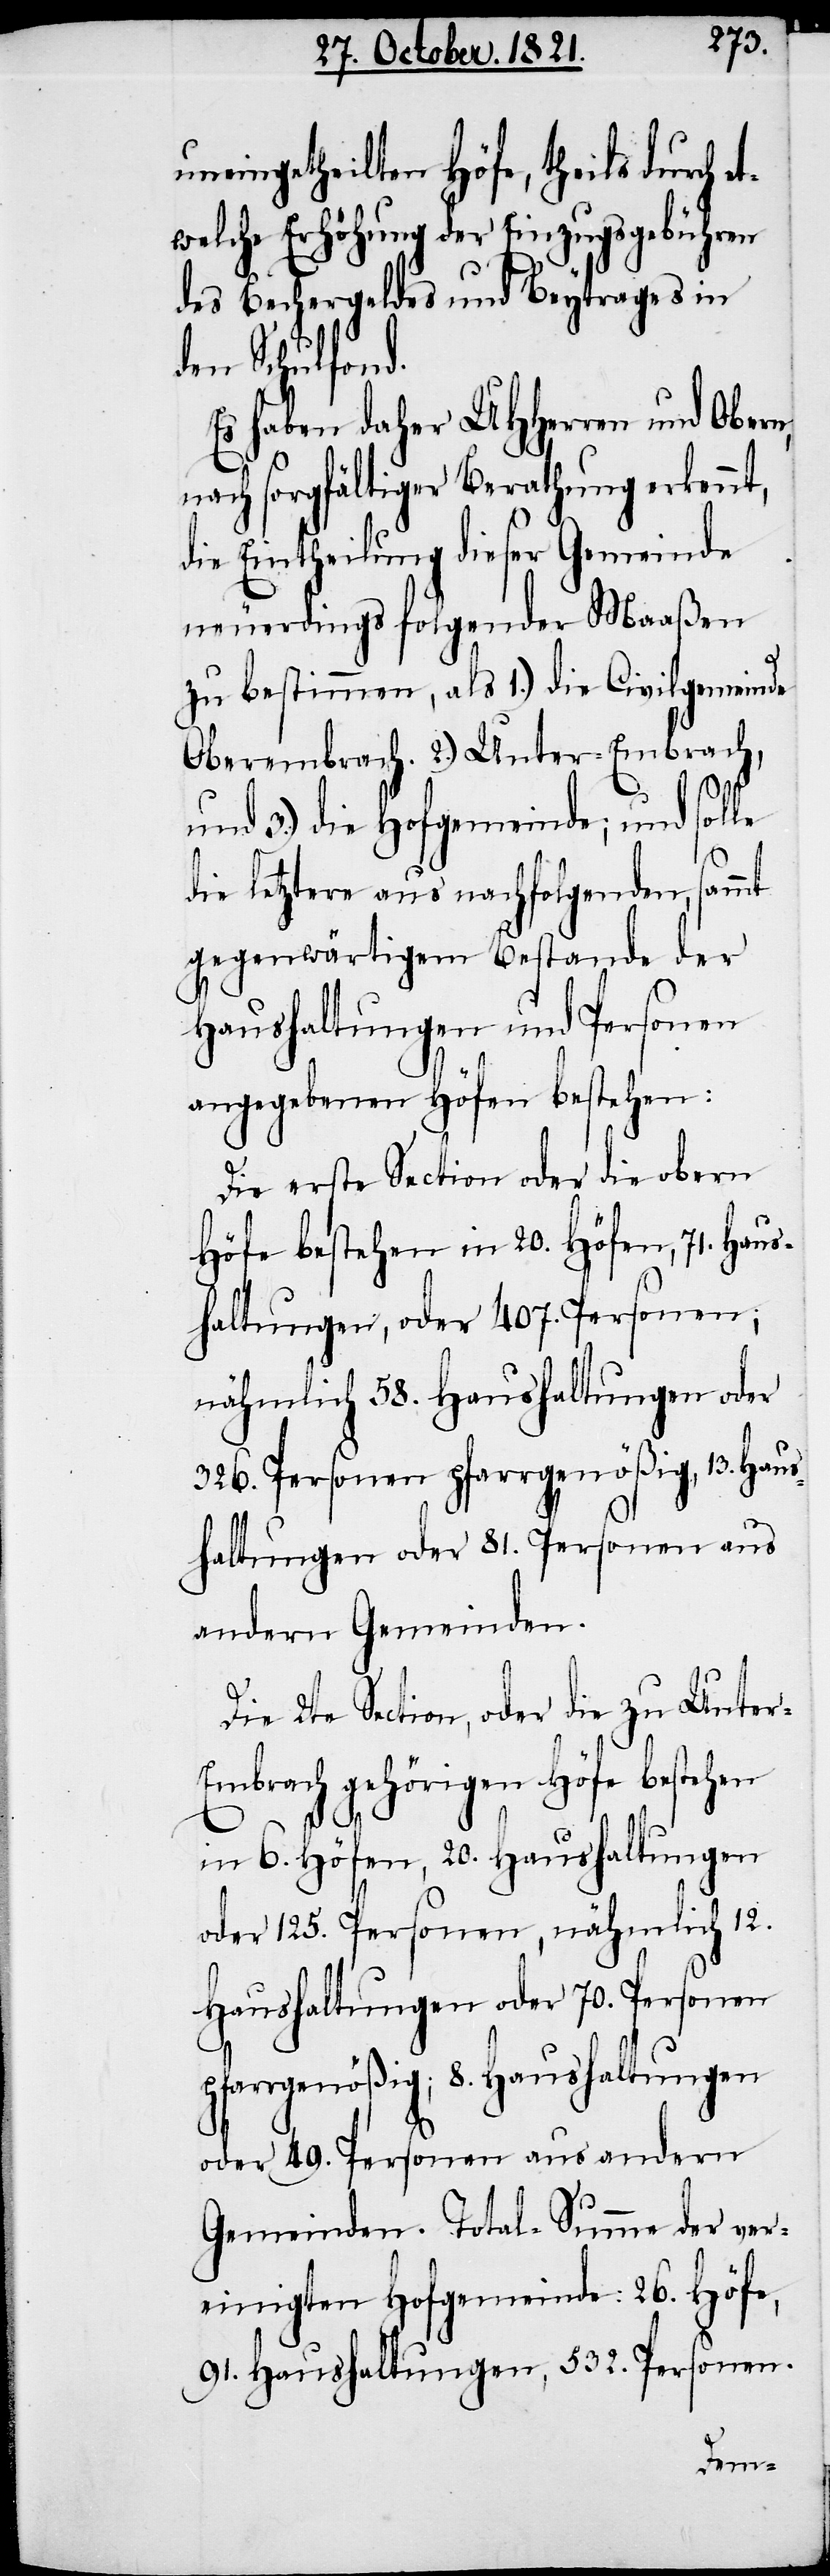
uneingetheilten Höfe, theils durch e¬
twelche Erhöhung der Einzugsgebühren
des Bechergeldes und Beytrages in
den Schulfond.
Es haben daher UHHerren und Obern,
nach sorgfältiger Berathung erkennt,
die Eintheilung dieser Gemeinde
neuerdings folgender Maaßen
zu bestimmen, als 1.) die Civilgemeinde
Oberembrach. 2.) Unter-Embrach,
und 3.) die Hofgemeinde; und solle
die letztere aus nachfolgenden, sammt
gegenwärtigem Bestande der
Haushaltungen und Personen
angegebenen Höfen bestehen:
Die erste Section oder die obern
Höfe bestehen in 20. Höfen, 71. Haus¬
haltungen, oder 407. Personen;
nähmlich 58. Haushaltungen oder
326. Personen pfarrgenößig, 13. Haus¬
haltungen oder 81. Personen aus
andern Gemeinden.
Die 2te Section, oder die zu Unter-E¬
mbrach gehörigen Höfe bestehen
in 6. Höfen, 20. Haushaltungen
oder 125. Personen, nähmlich 12.
Haushaltungen oder 70. Personen
pfarrgenößig; 8. Haushaltungen
oder 49. Personen aus andern
Gemeinden. Total-Summe der ver¬
einigten Hofgemeinde: 26. Höfe,
91. Haushaltungen, 532. Personen.